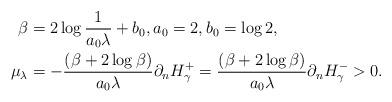
LaTeX: \begin{align*}\beta &=2\log\frac{1}{a_0\lambda}+b_0,a_0=2, b_0=\log 2, \\\mu_\lambda&=-\frac{(\beta+2\log\beta)}{a_0\lambda}\partial_n H_\gamma^+=\frac{(\beta+2\log\beta)}{a_0\lambda} \partial_n H_\gamma^- >0. \end{align*}